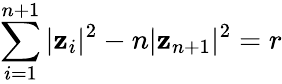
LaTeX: \sum_{i=1}^{n+1}|\mathbf{z}_{i}|^{2}-n|\mathbf{z}_{n+1}|^{2}=r